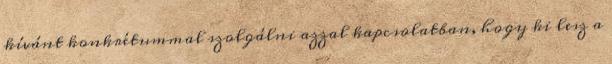
kívánt konkrétummal szolgálni azzal kapcsolatban, hogy ki lesz a